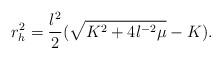
LaTeX: \begin{align*}r_h^2 = \frac{l^2}{2}(\sqrt{K^2+4l^{-2}\mu}-K).\end{align*}